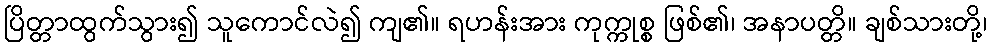
ပြိတ္တာထွက်သွား၍ သူကောင်လဲ၍ ကျ၏။ ရဟန်းအား ကုက္ကုစ္စ ဖြစ်၏၊ အနာပတ္တိ။ ချစ်သားတို့၊